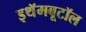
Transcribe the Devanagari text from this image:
इथॅमबूटॉल